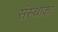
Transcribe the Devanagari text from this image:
संस्‍थाका